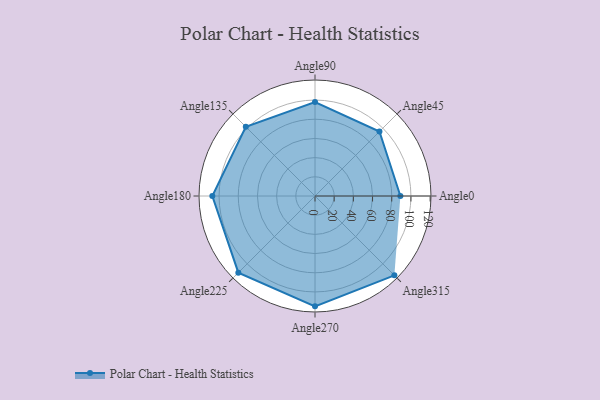
{"axis": {"x": "Angle", "y": "Radius"}, "legend": [""], "data": [{"x": "Angle0", "y": 89.0, "type": ""}, {"x": "Angle45", "y": 95.0, "type": ""}, {"x": "Angle90", "y": 98.0, "type": ""}, {"x": "Angle135", "y": 102.0, "type": ""}, {"x": "Angle180", "y": 107.0, "type": ""}, {"x": "Angle225", "y": 113.0, "type": ""}, {"x": "Angle270", "y": 115.0, "type": ""}, {"x": "Angle315", "y": 117.0, "type": ""}]}